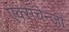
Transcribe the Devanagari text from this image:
एक्सचेन्जों